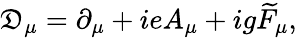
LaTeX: \mathfrak{D}_{\mu}=\partial_{\mu}+ieA_{\mu}+ig\widetilde{{F}}_{\mu},